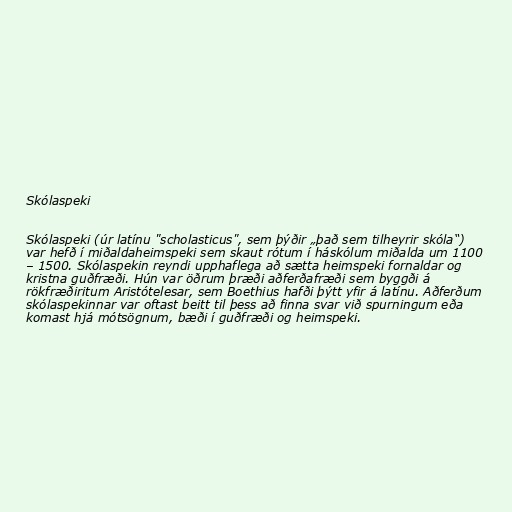
Skólaspeki

Skólaspeki (úr latínu "scholasticus", sem þýðir „það sem tilheyrir skóla“)
var hefð í miðaldaheimspeki sem skaut rótum í háskólum miðalda um 1100
– 1500. Skólaspekin reyndi upphaflega að sætta heimspeki fornaldar og
kristna guðfræði. Hún var öðrum þræði aðferðafræði sem byggði á
rökfræðiritum Aristótelesar, sem Boethius hafði þýtt yfir á latínu. Aðferðum
skólaspekinnar var oftast beitt til þess að finna svar við spurningum eða
komast hjá mótsögnum, bæði í guðfræði og heimspeki.